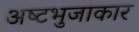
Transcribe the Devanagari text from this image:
अष्‍टभुजाकार